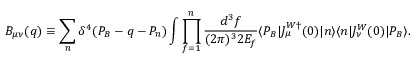
B _ { \mu \nu } ( q ) \equiv \sum _ { n } \delta ^ { 4 } ( P _ { B } - q - P _ { n } ) \int \prod _ { f = 1 } ^ { n } \frac { d ^ { 3 } f } { ( 2 \pi ) ^ { 3 } 2 E _ { f } } \langle P _ { B } | J _ { \mu } ^ { W \dagger } ( 0 ) | n \rangle \langle n | J _ { \nu } ^ { W } ( 0 ) | P _ { B } \rangle .